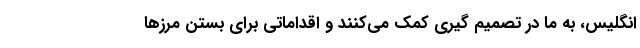
انگلیس، به ما در تصمیم گیری کمک می‌کنند و اقداماتی برای بستن مرز‌ها